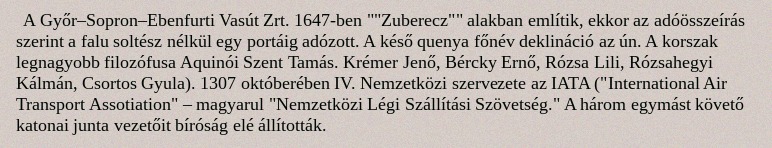
A Győr–Sopron–Ebenfurti Vasút Zrt. 1647-ben ""Zuberecz"" alakban említik, ekkor az adóösszeírás szerint a falu soltész nélkül egy portáig adózott. A késő quenya főnév deklináció az ún. A korszak legnagyobb filozófusa Aquinói Szent Tamás. Krémer Jenő, Bércky Ernő, Rózsa Lili, Rózsahegyi Kálmán, Csortos Gyula). 1307 októberében IV. Nemzetközi szervezete az IATA ("International Air Transport Assotiation" – magyarul "Nemzetközi Légi Szállítási Szövetség." A három egymást követő katonai junta vezetőit bíróság elé állították.